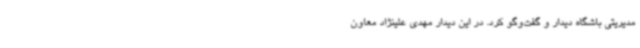
مدیریتی باشگاه دیدار و گفت‌وگو کرد. در این دیدار مهدی علینژاد معاون